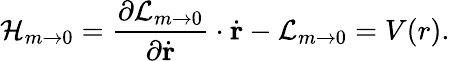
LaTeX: {\cal H}_{m\to 0}={\frac{\partial{\cal L}_{m\to 0}}{\partial\dot{\mathrm{\mathbf r}}}}\cdot\dot{\mathrm{\mathbf r}}-{\cal L}_{m\to 0}=V(r).